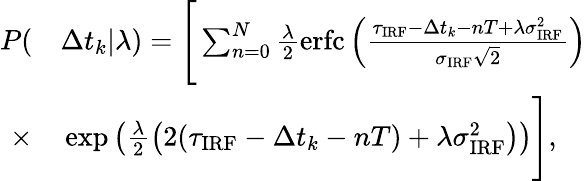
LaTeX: \begin{array}{rl}{P(}&{{}\Delta t_{k}|\lambda)=\Bigg[\sum_{n=0}^{N}\frac{\lambda}{2}\mathrm{erfc}\left(\frac{\tau_{\mathrm{IRF}}-\Delta t_{k}-nT+\lambda\sigma_{\mathrm{IRF}}^{2}}{\sigma_{\mathrm{IRF}}\sqrt{2}}\right)}\\ {\times}&{{}\exp\left(\frac{\lambda}{2}\left(2(\tau_{\mathrm{IRF}}-\Delta t_{k}-nT)+\lambda\sigma_{\mathrm{IRF}}^{2}\right)\right)\Bigg],}\end{array}